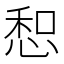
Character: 惒